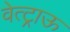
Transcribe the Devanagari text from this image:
वेत्ट्राऊ